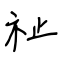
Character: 祉